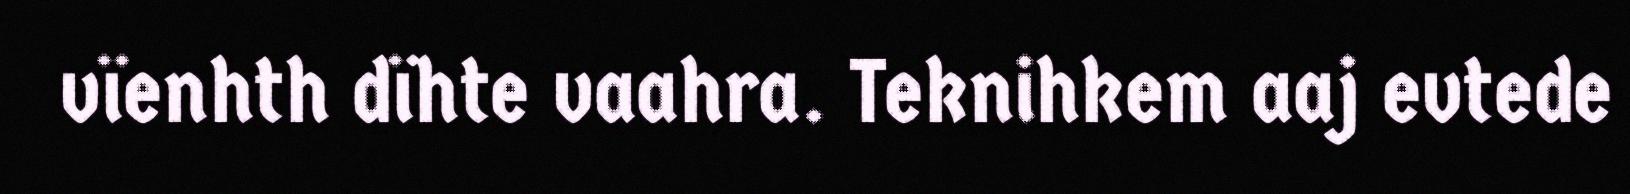
vïenhth dïhte vaahra. Teknihkem aaj evtede